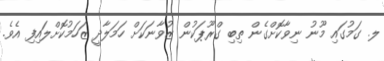
ލ. ގަމުގައި މޫނު ނިވާކޮށްގެން ތިބި ގްރޫޕަކުން ޒުވާނަކަށް ހަމަލާދީ ޒަހަމުކޮށްލައިފި އެވެ.